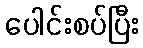
ပေါင်းစပ်ပြီး